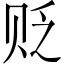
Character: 贬